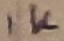
Text: 1K